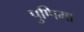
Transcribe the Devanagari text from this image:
पुणिमा